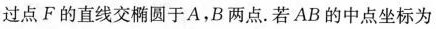
过点F的直线交椭圆于A，B两点。若AB的中点坐标为